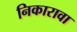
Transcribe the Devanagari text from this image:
निकारावा